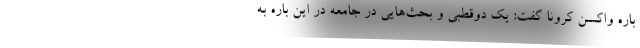
باره واکسن کرونا گفت: یک دوقطبی و بحث‌هایی در جامعه در این باره به